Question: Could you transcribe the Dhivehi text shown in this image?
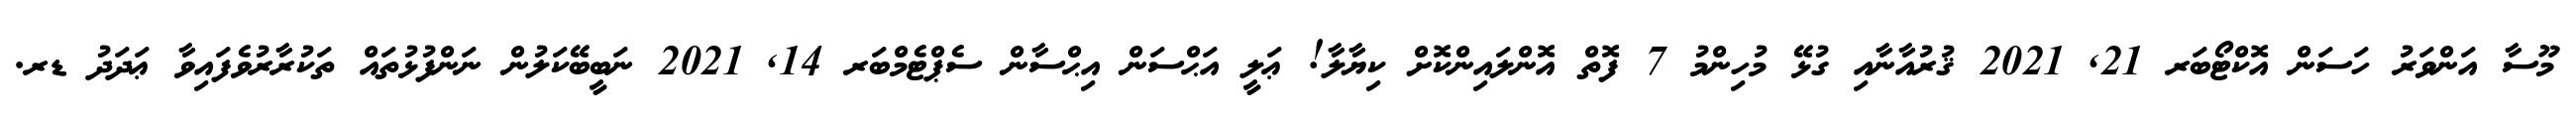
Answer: މޫސާ އަންވަރު ހަސަން އޮކްޓޯބަރ 21, 2021 ޤުރުއާނާއި ގުޅޭ މުހިންމު 7 ފޮތް އޮންލައިންކޮށް ކިޔާލާ! ޢަލީ އަޙްސަން އިޙްސާން ސެޕްޓެމްބަރ 14, 2021 ނަބީބޭކަލުން ނަންފުޅުތައް ތަކުރާރުވެފައިވާ ޢަދަދު ޑރ.